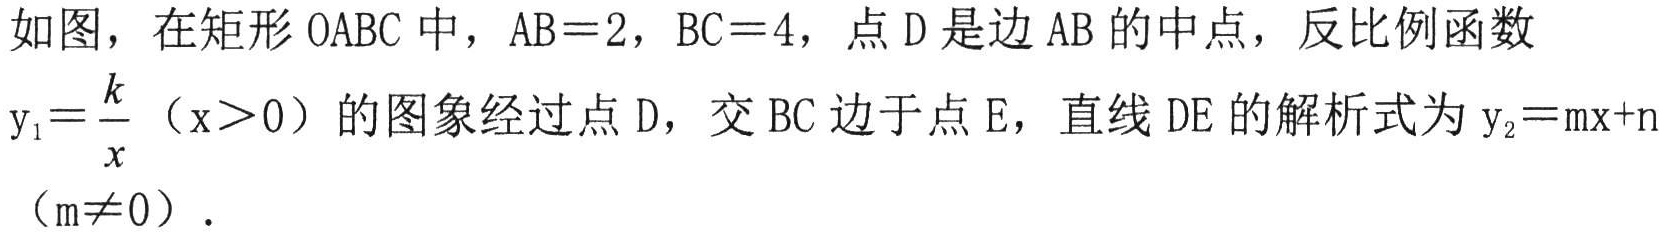
如图，在矩形\(OABC\)中，\(AB = 2\)，\(BC = 4\)，点\(D\)是边\(AB\)的中点，反比例函数\(y_{1}=\frac{k}{x}\)（\(x>0\)）的图象经过点\(D\)，交\(BC\)边于点\(E\)，直线\(DE\)的解析式为\(y_{2}=mx + n\)（\(m\neq0\)）．